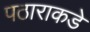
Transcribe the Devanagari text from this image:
पठाराकडे